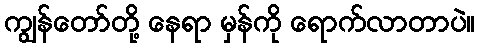
ကျွန်တော်တို့ နေရာ မှန်ကို ရောက်လာတာပဲ။